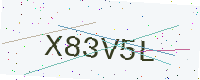
Text: X83V5L